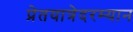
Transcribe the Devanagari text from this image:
प्रेतयात्रेदरम्यान